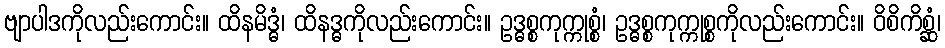
ဗျာပါဒကိုလည်းကောင်း။ ထိနမိဒ္ဓံ၊ ထိနဒ္ဓကိုလည်းကောင်း။ ဥဒ္ဓစ္စကုက္ကုစ္စံ၊ ဥဒ္ဓစ္စကုက္ကုစ္စကိုလည်းကောင်း။ ဝိစိကိစ္ဆံ၊